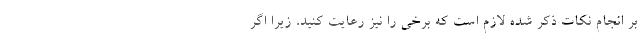
بر انجام نکات ذکر شده لازم است که برخی را نیز رعایت کنید، زیرا اگر